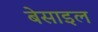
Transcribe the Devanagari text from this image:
बेसाइल